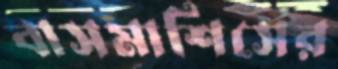
বাসমাশিসের